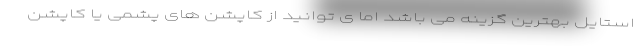
استایل بهترین گزینه می باشد اما ی توانید از کاپشن های پشمی یا کاپشن